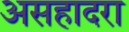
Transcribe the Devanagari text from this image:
असहादरा